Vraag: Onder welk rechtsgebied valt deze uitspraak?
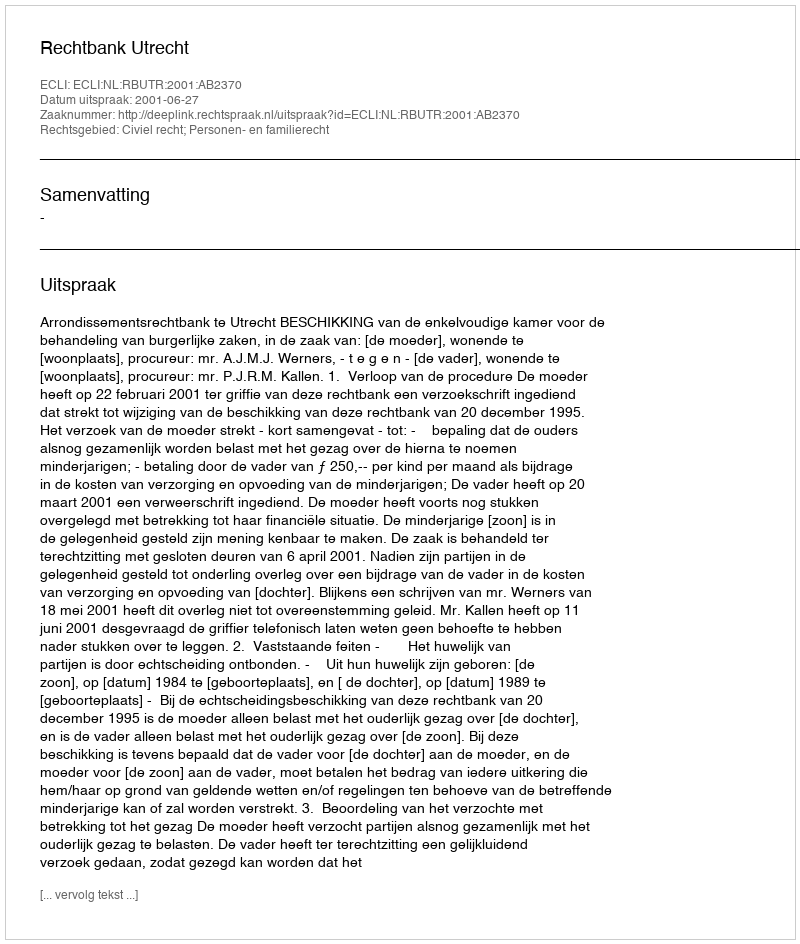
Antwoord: Civiel recht; Personen- en familierecht